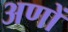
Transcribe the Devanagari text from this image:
अणों